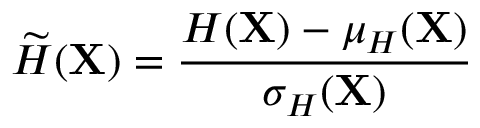
\widetilde { H } ( \mathbf { X } ) = \frac { H ( \mathbf { X } ) - \mu _ { H } ( \mathbf { X } ) } { \sigma _ { H } ( \mathbf { X } ) }